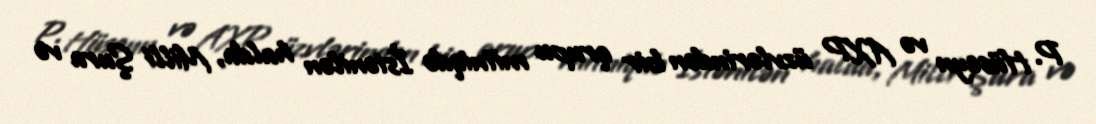
P. Hüseyn və AXP üzvlərindən bir qrupu mitniqdə İstənilən halda, Milli Şura və